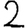
Digit: 2